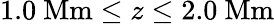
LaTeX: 1.0\ \mathrm{Mm}\le z\le 2.0\ \mathrm{Mm}